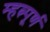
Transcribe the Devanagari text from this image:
म्हत्न्पूर्ण